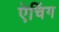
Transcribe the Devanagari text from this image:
ऐचिंग